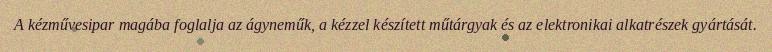
A kézművesipar magába foglalja az ágyneműk, a kézzel készített műtárgyak és az elektronikai alkatrészek gyártását.